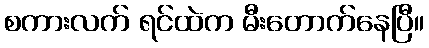
စကားလက် ရင်ထဲက မီးတောက်နေပြီ။